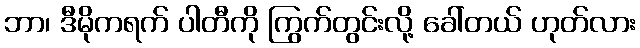
ဘာ၊ ဒီမိုကရက် ပါတီကို ကြွက်တွင်းလို့ ခေါ်တယ် ဟုတ်လား